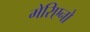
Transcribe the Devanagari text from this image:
मेरिएनो